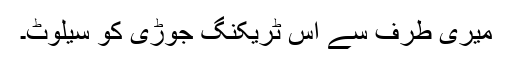
میری طرف سے اس ٹریکنگ جوڑی کو سیلوٹ۔